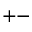
+ -